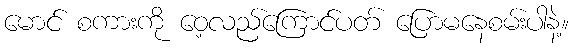
မောင် စကားကို ဝေ့လည်ကြောင်ပတ် ပြောမနေစမ်းပါနဲ့။